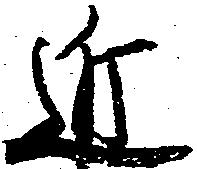
近